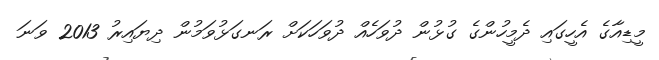
މީޑިއާގެ އެހީގައި ދެމީހުންގެ ގުޅުން ދުވަހެއް ދުވަހަކަށް ރަނގަޅުވަމުން ދިޔައިރު 2013 ވަނަ